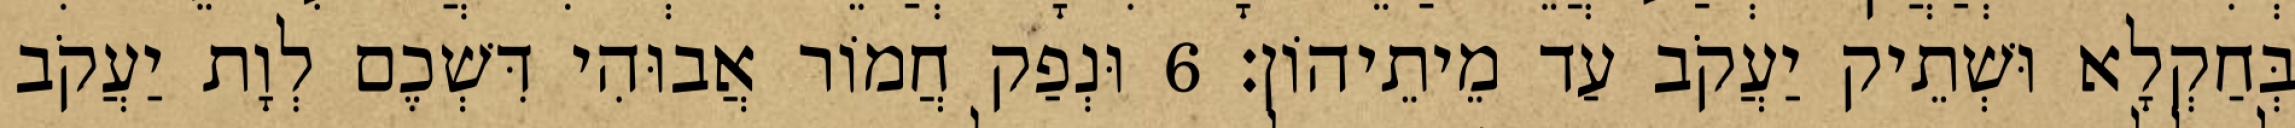
בְּחַקְלָא וּשְׁתֵיק יַעֲקֹב עַד מֵיתֵיהוֹן׃ 6 וּנְפַק חֲמוֹר אֲבוּהִי דִּשְׁכֶם לְוָת יַעֲקֹב